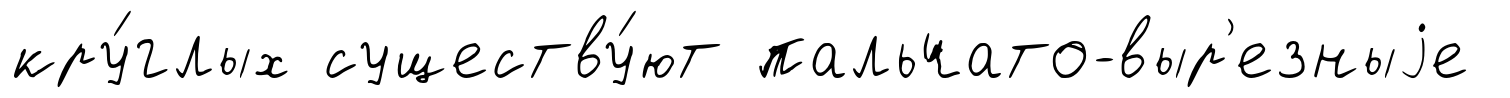
кру́глых существу́ют пальчато-выр'езныjе